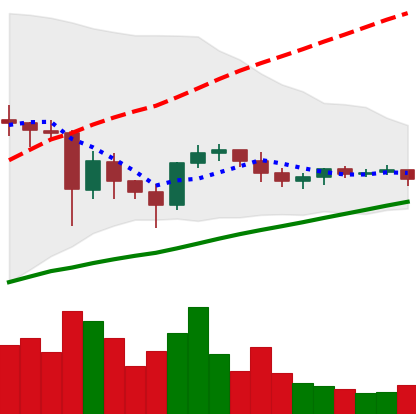
Ticker: ETC-USD
Chart end date: 2021-06-04
Forward return: -4.469%
Label: down_3_5